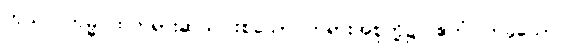
ကုသလကမ္မပထတရားဆယ်ပါးစသော တရားအစုတို့၌။ ဧကံ၊ တခုသော။